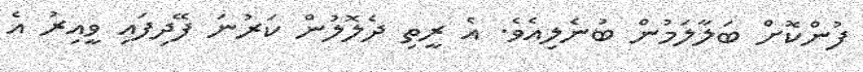
ފުންކޮށް ބަލާލަމުން ބުނެލިއެވެ. އެ ރީތި ދެލޮލުން ކަރުނަ ފޭދިފައި ވީއިރު އެ